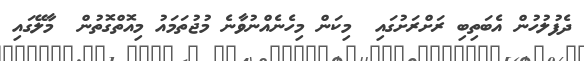
ދެފުލުހުން އެބަތިބި ރަށްރަށުގައި  މިކަން މިހެނެއްނުވާނެ މުޖުތަމައު މިއޮތްގޮތުން  މާލޭގައި